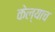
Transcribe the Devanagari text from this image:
केल्याच